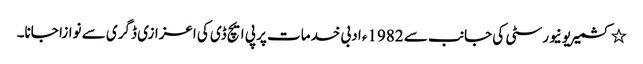
٭ کشمیریونیورسٹی کی جانب سے 1982ء ادبی خدمات پر پی ایچ ڈی کی اعزازی ڈگری سے نوازا جانا۔